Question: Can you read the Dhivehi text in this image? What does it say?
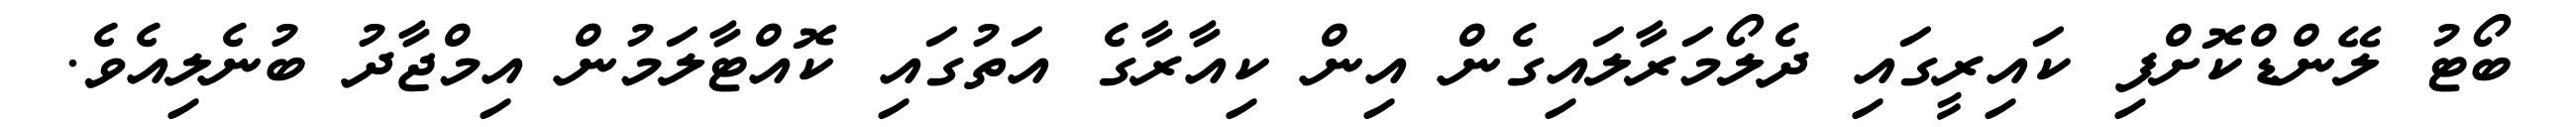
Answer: ބޯޓު ލޭންޑްކޮށްފި ކައިރީގައި ދެލޯމަރާލައިގެން އިން ކިއާރާގެ އަތުގައި ކޮއްޓާލަމުން އިމްޖާދު ބުނެލިއެވެ.